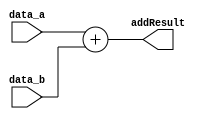
module adder( output reg [31:0] addResult, 
			input signed [31:0] data_a, 
			input signed [31:0] data_b 
		);

always @ (data_a or data_b) begin
	addResult = data_a + data_b; // add two inputs that are 32 bits
end

endmodule